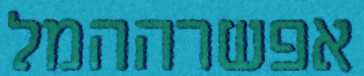
אפשרההמל